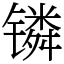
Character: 𬭸